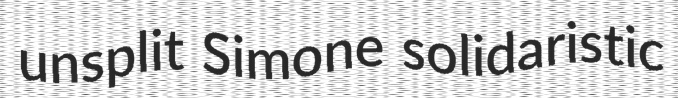
unsplit Simone solidaristic